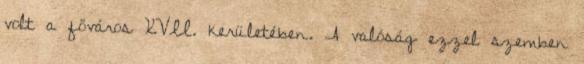
volt a főváros XVII. kerületében. A valóság ezzel szemben